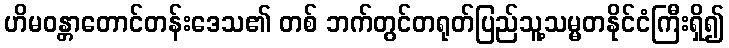
ဟိမဝန္တာတောင်တန်းဒေသ၏ တစ် ဘက်တွင်တရုတ်ပြည်သူ့သမ္မတနိုင်ငံကြီးရှိ၍